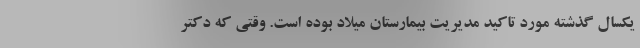
يكسال گذشته مورد تاكيد مديريت بيمارستان ميلاد بوده است. وقتي كه دكتر